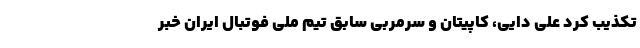
تکذیب کرد علی دایی، کاپیتان و سرمربی سابق تیم ملی فوتبال ایران خبر